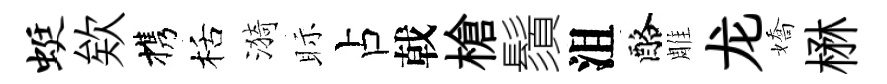
蜓欸携栝漪眎占戟槍鬚沮酪雕龙嬌楙